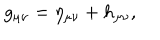
LaTeX: g _ { \mu \nu } = \eta _ { \mu \nu } + h _ { \mu \nu } ,